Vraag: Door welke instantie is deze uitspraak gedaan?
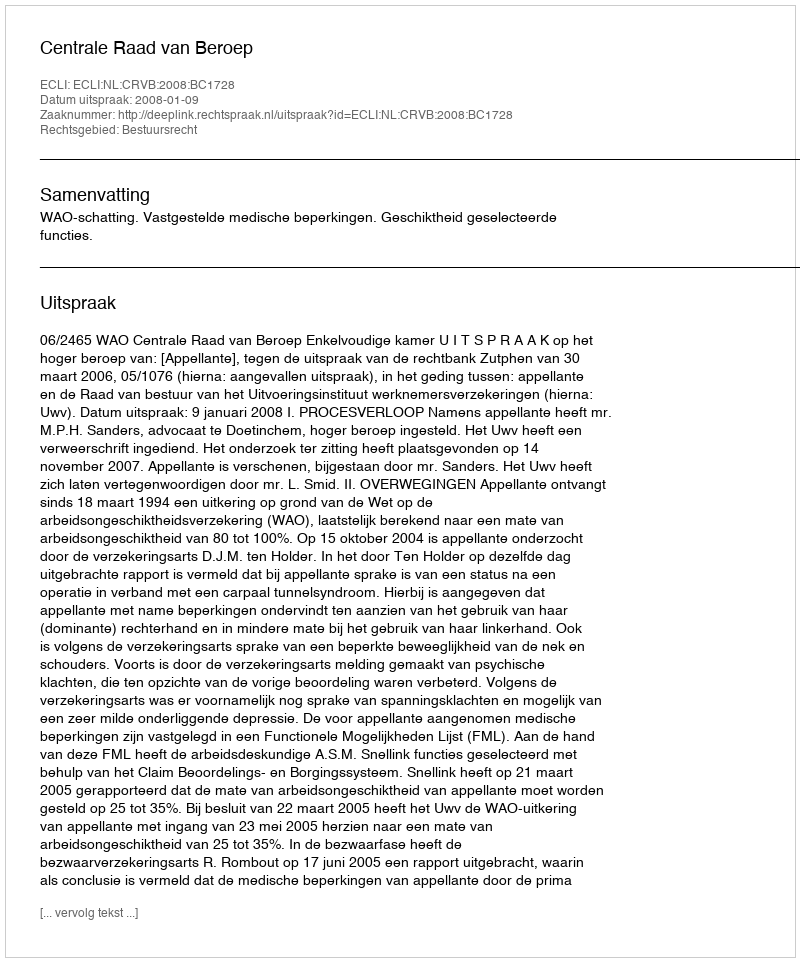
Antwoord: Centrale Raad van Beroep